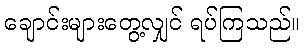
ချောင်းများတွေ့လျှင် ရပ်ကြသည်။